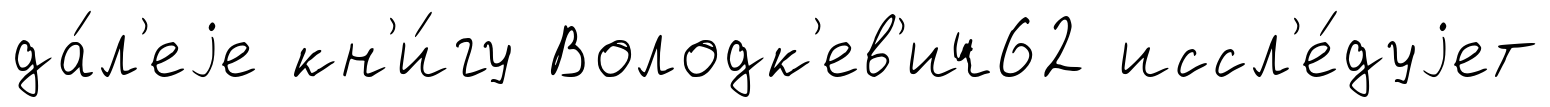
да́л'еjе кн'и́гу Володк'ев'ич62 иссл'е́дуjет